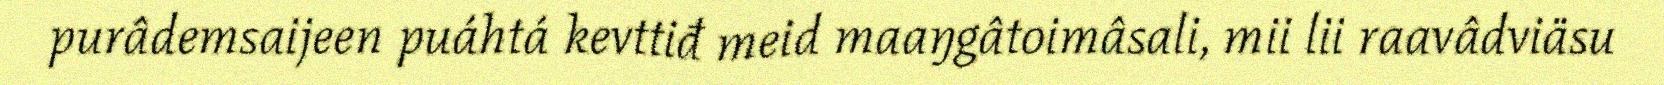
purâdemsaijeen puáhtá kevttiđ meid maaŋgâtoimâsali, mii lii raavâdviäsu